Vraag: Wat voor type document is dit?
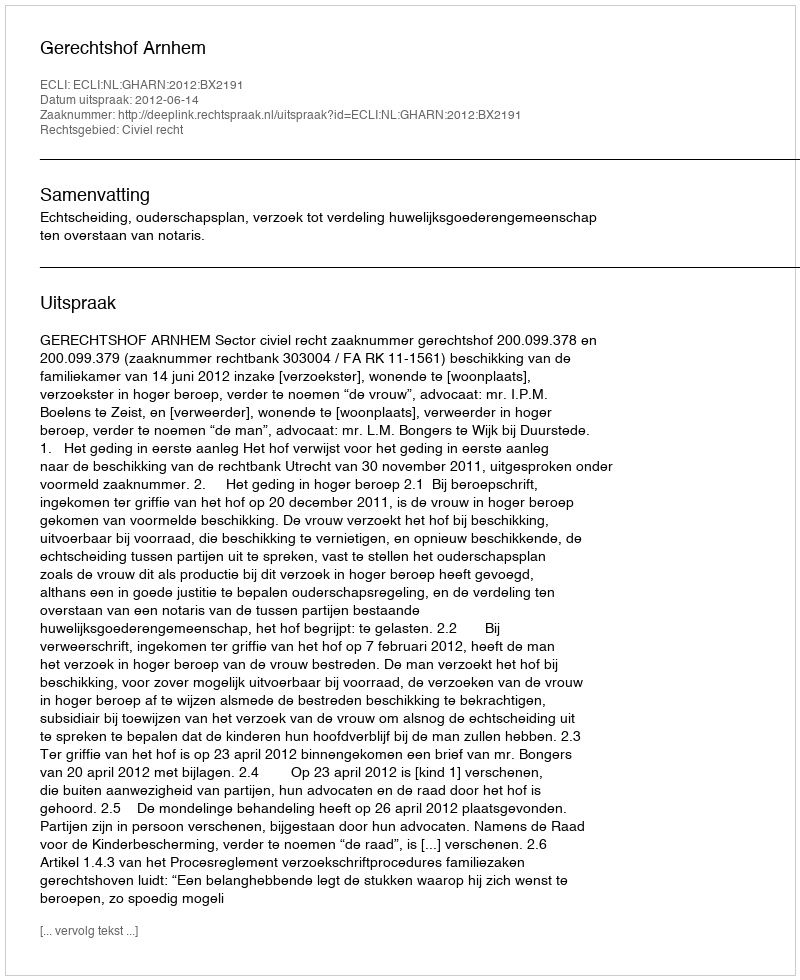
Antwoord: Uitspraak